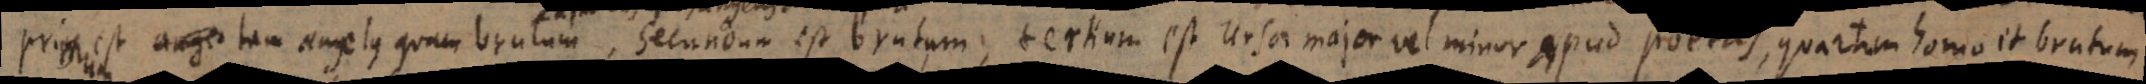
Primum est tam angelus quam brutum, secundum est brutum, tertium est ursa major vel minor apud poetas, q